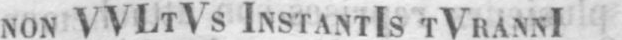
NON VVLTVS INSTANTIS TVRANNI